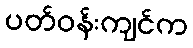
ပတ်ဝန်းကျင်က